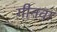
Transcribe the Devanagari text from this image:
गीनवा